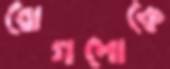
রোগশোকে